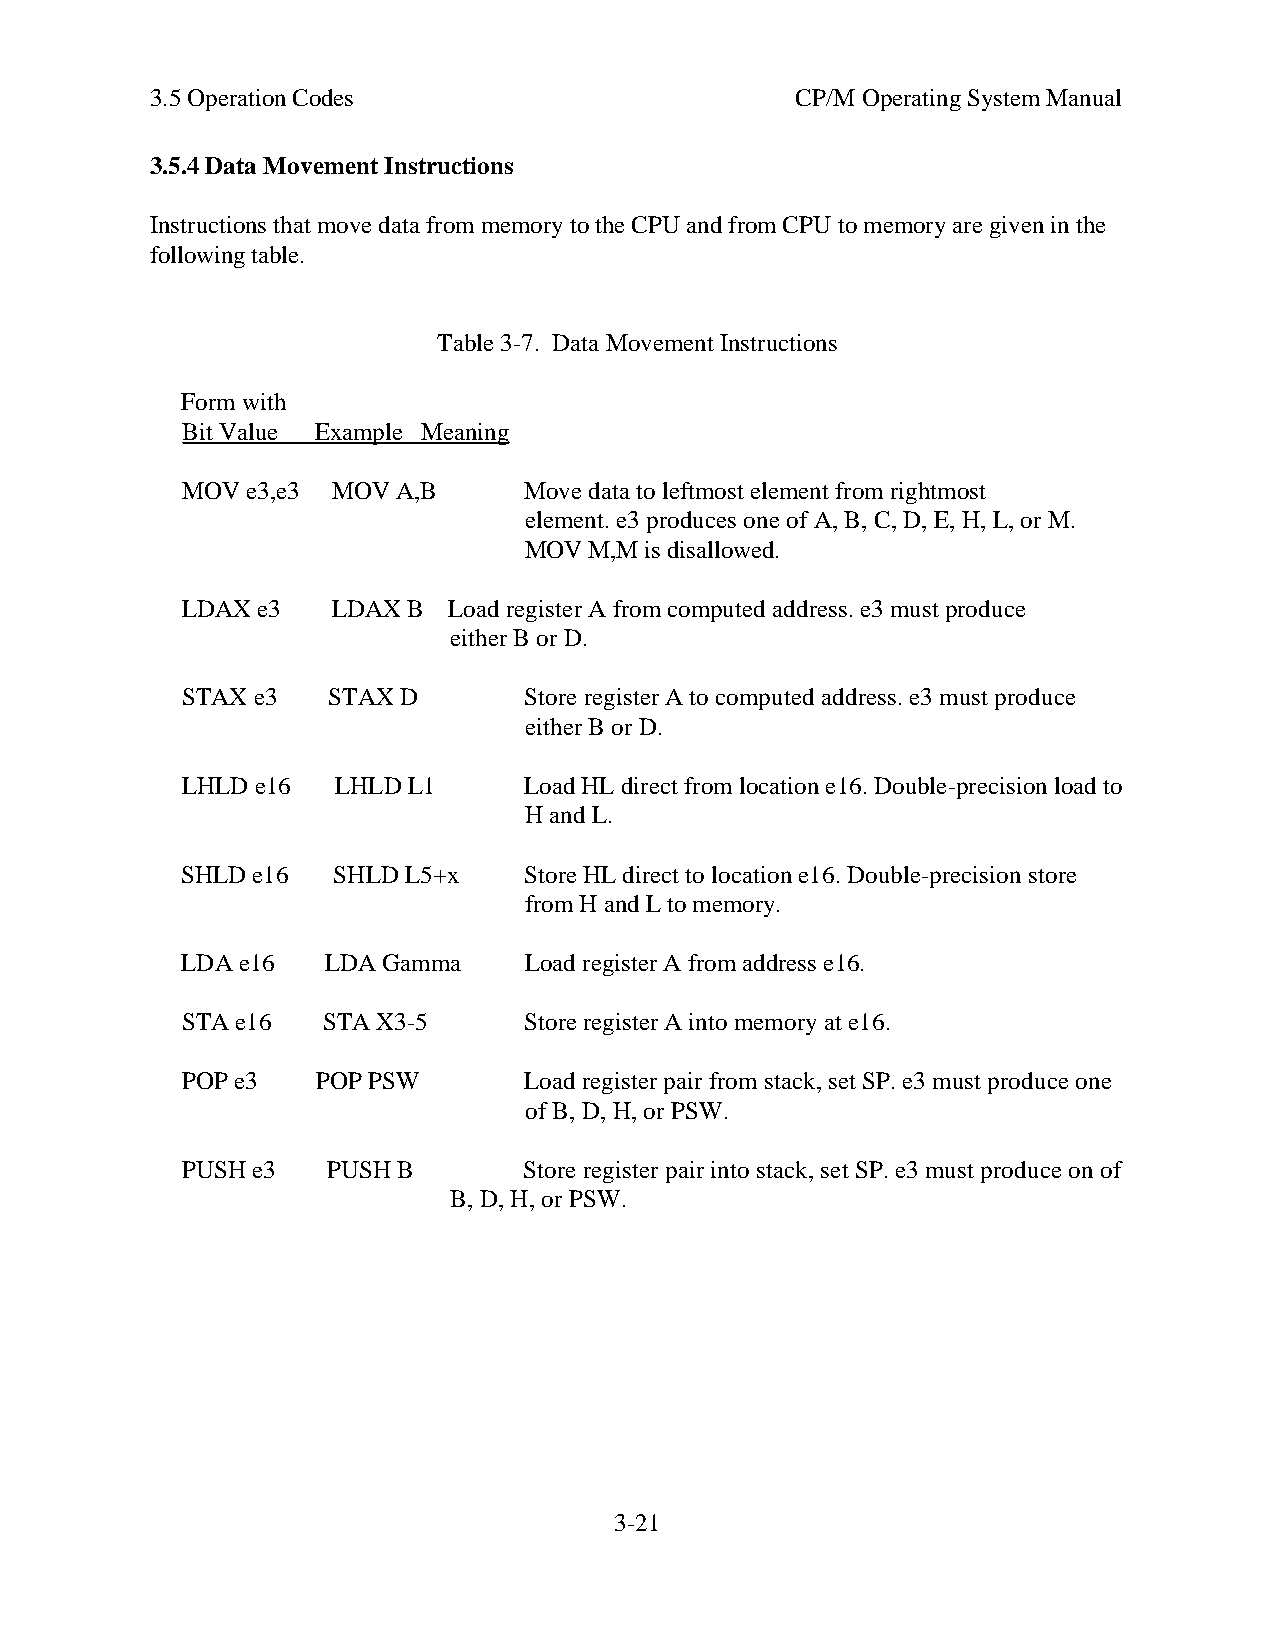
3.5 Operation Codes                        CP/M Operating System Manual
 3.5.4 Data Movement Instructions
 Instructions that move data from memory to the CPU and from CPU to memory are given in the
 following table.
 Table 3-7. Data Movement Instructions
 Form with
 Bit Value Example Meaning
 MOV e3,e3 MOV A,B      Move data to leftmost element from rightmost
 element. e3 produces one of A, B, C, D, E, H, L, or M.
 MOV M,M is disallowed.
 LDAX e3   LDAX B  Load register A from computed address. e3 must produce
 either B or D.
 STAX e3   STAX D       Store register A to computed address. e3 must produce
 either B or D.
 LHLD e16  LHLD L1      Load HL direct from location e16. Double-precision load to
 H and L.
 SHLD e16  SHLD L5+x    Store HL direct to location e16. Double-precision store
 from H and L to memory.
 LDA e16   LDA Gamma    Load register A from address e16.
 STA e16  STA X3-5      Store register A into memory at e16.
 POP e3   POP PSW       Load register pair from stack, set SP. e3 must produce one
 of B, D, H, or PSW.
 PUSH e3   PUSH B       Store register pair into stack, set SP. e3 must produce on of
 B, D, H, or PSW.
 3-21